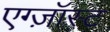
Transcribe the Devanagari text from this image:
एग्ज़ॉस्ट